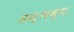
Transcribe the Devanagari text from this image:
सम्भब्य